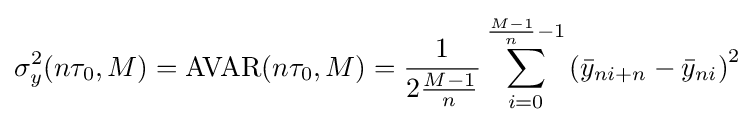
\sigma _{y}^{2}(n\tau _{0},M)=\operatorname {AVAR} (n\tau _{0},M)={\frac {1}{2{\frac {M-1}{n}}}}\sum _{i=0}^{{\frac {M-1}{n}}-1}\left({\bar {y}}_{ni+n}-{\bar {y}}_{ni}\right)^{2}